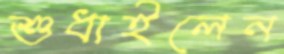
শুধাইলেন